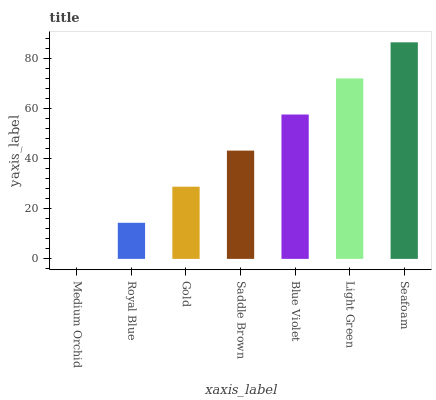
| xaxis_label | bars |
 | --- | --- |
 | Medium Orchid | 0 |
 | Royal Blue | 14.4 |
 | Gold | 28.8 |
 | Saddle Brown | 43.2 |
 | Blue Violet | 57.5 |
 | Light Green | 71.9 |
 | Seafoam | 86.3 |